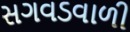
સગવડવાળી